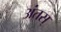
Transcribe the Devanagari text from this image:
अंतस्‌